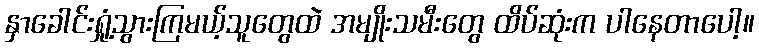
နှာခေါင်းရှုံ့သွားကြမယ့်သူတွေထဲ အမျိုးသမီးတွေ ထိပ်ဆုံးက ပါနေတာပေါ့။